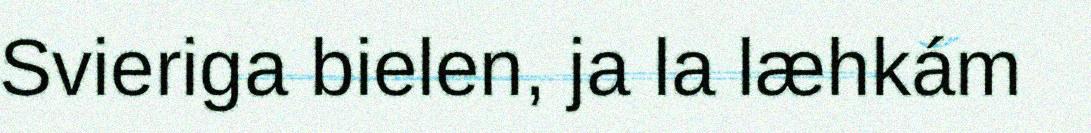
Svieriga bielen, ja la læhkám